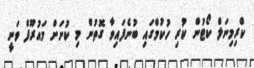
ކްރިމިނަލް ކޯޓުން ކުރި ހުކުމްގައި ބުނެފައިވާ ގޮތުން މި ކުށަށް މައުރޫފް ވަނީ